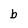
Character: b